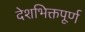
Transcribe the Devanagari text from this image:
देशभिक्तपूर्ण